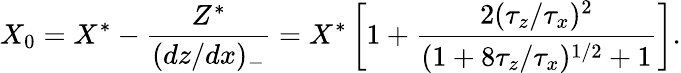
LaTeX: X_{0}=X^{*}-\frac{Z^{*}}{(dz/dx)_{-}}=X^{*}\left[1+\frac{2(\tau_{z}/\tau_{x})^{2}}{(1+8\tau_{z}/\tau_{x})^{1/2}+1}\right].